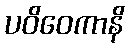
ပဝိဝေကာနိ